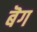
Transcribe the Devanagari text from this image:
बॆग